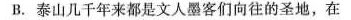
B.泰山几千年来都是文人墨客们向往的圣地，在